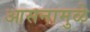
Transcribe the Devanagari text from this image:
आसनामुळे